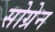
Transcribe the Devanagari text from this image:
सोग्रेन